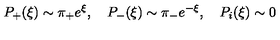
P _ { + } ( \xi ) \sim \pi _ { + } e ^ { \xi } , \quad P _ { - } ( \xi ) \sim \pi _ { - } e ^ { - \xi } , \quad P _ { i } ( \xi ) \sim 0